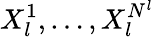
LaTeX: X_{l}^{1},\dots,X_{l}^{N^{l}}